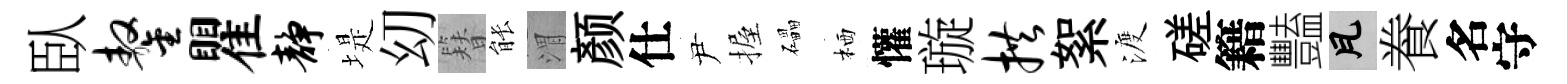
臥鏊瞿静堤㓜簪䏻渭颜仕尹握礧栖懽璇拱絮渡磋籍豔瓦飬名守